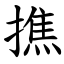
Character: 撨